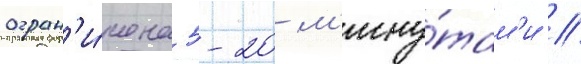
огран'и́чена 5-20 м'ину́там'и //